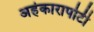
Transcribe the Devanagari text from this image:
अहंकारापोटी